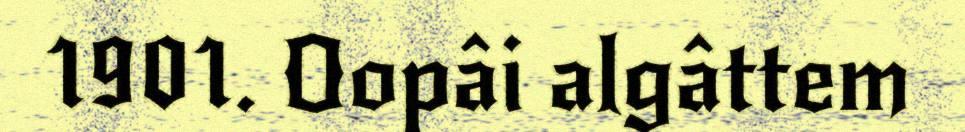
1901. Oopâi algâttem